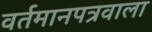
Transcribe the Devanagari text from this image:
वर्तमानपत्रवाला